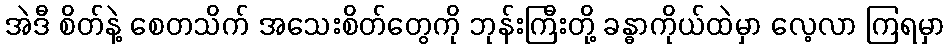
အဲဒီ စိတ်နဲ့ စေတသိက် အသေးစိတ်တွေကို ဘုန်းကြီးတို့ ခန္ဓာကိုယ်ထဲမှာ လေ့လာ ကြရမှာ